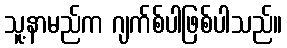
သူ့နာမည်က ဂျက်စ်ပါဖြစ်ပါသည်။